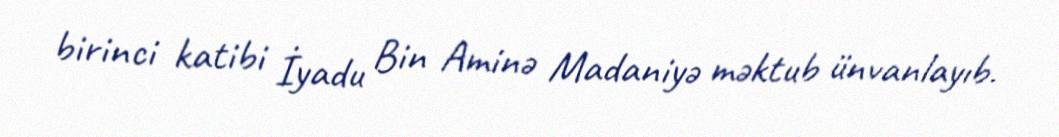
birinci katibi İyadu Bin Aminə Madaniyə məktub ünvanlayıb.